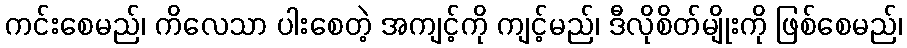
ကင်းစေမည်၊ ကိလေသာ ပါးစေတဲ့ အကျင့်ကို ကျင့်မည်၊ ဒီလိုစိတ်မျိုးကို ဖြစ်စေမည်၊